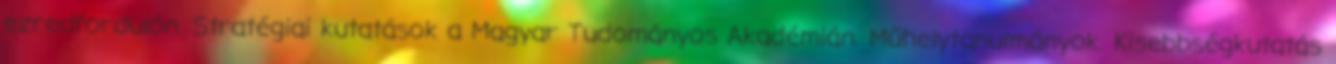
ezredfordulón. Stratégiai kutatások a Magyar Tudományos Akadémián. Műhelytanulmányok. Kisebbségkutatás